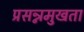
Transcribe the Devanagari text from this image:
प्रसन्नमुखता